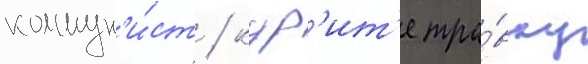
коммун'и́ст / кур'ит'е тра́вку